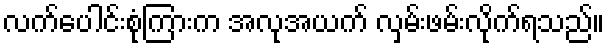
လက်ပေါင်းစုံကြားက အလုအယက် လှမ်းဖမ်းလိုက်ရသည်။